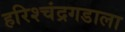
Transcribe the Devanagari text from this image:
हरिश्चंद्रगडाला